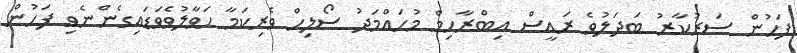
ފަހުން ސަރުކާރު ބަދަލުވެ ރައީސް އިބްރާހިމް މުހައްމަދު ސޯލިހް ވެރިކަމާ ހަވާލުވެވަޑައިގެންނެވި ފަހުން